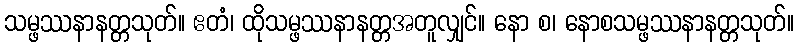
သမ္ဖဿနာနတ္တသုတ်။ ဧတံ၊ ထိုသမ္ဖဿနာနတ္တအတူလျှင်။ နော စ၊ နောစသမ္ဖဿနာနတ္တသုတ်။